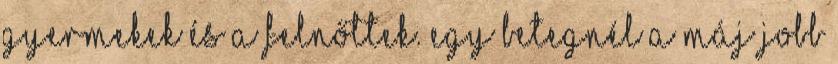
gyermekek és a felnőttek. Egy betegnél a máj jobb